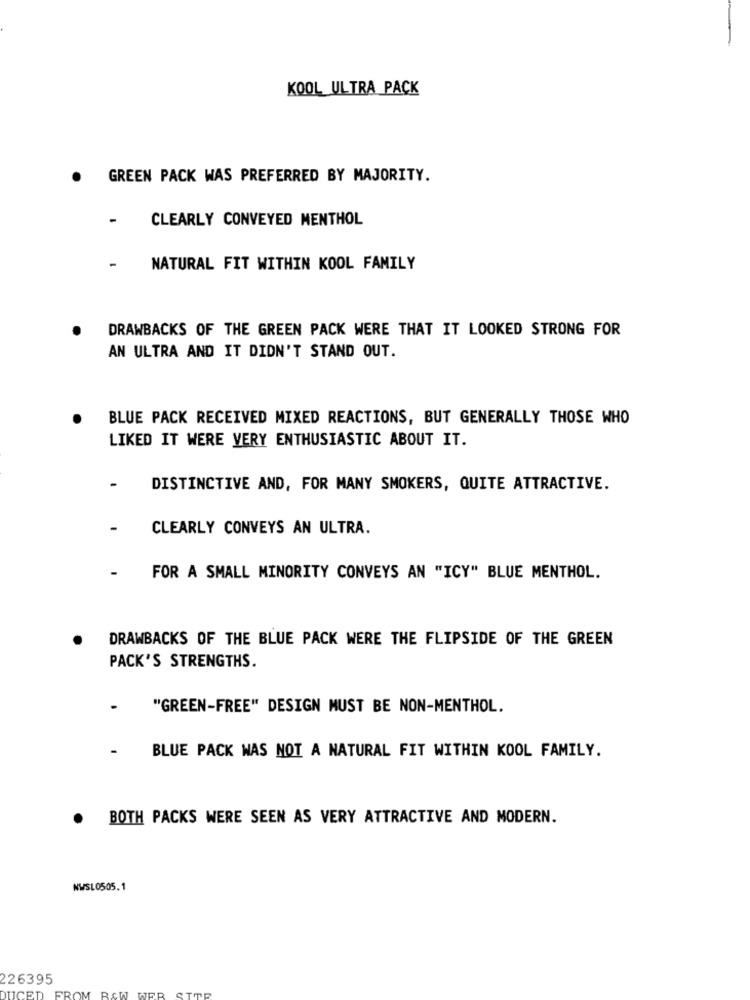
KOOL ULTRA PACK
GREEN PACK WAS PREFERRED BY MAJORITY.
-
CLEARLY CONVEYED MENTHOL
-
NATURAL FIT WITHIN KOOL FAMILY
DRAWBACKS OF THE GREEN PACK WERE THAT IT LOOKED STRONG FOR
AN ULTRA AND IT DIDN'T STAND OUT.
BLUE PACK RECEIVED MIXED REACTIONS, BUT GENERALLY THOSE WHO
LIKED IT WERE VERY ENTHUSIASTIC ABOUT IT.
-
DISTINCTIVE AND, FOR MANY SMOKERS, QUITE ATTRACTIVE.
CLEARLY CONVEYS AN ULTRA.
-
FOR A SMALL MINORITY CONVEYS AN "ICY" BLUE MENTHOL.
DRAWBACKS OF THE BLUE PACK WERE THE FLIPSIDE OF THE GREEN
PACK'S STRENGTHS.
.
"GREEN-FREE" DESIGN MUST BE NON-MENTHOL.
-
BLUE PACK WAS NOT A NATURAL FIT WITHIN KOOL FAMILY.
. BOTH PACKS WERE SEEN AS VERY ATTRACTIVE AND MODERN.
NWSL0505.1
226395
OM BOW
DUCE
STOP